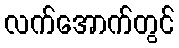
လက်အောက်တွင်